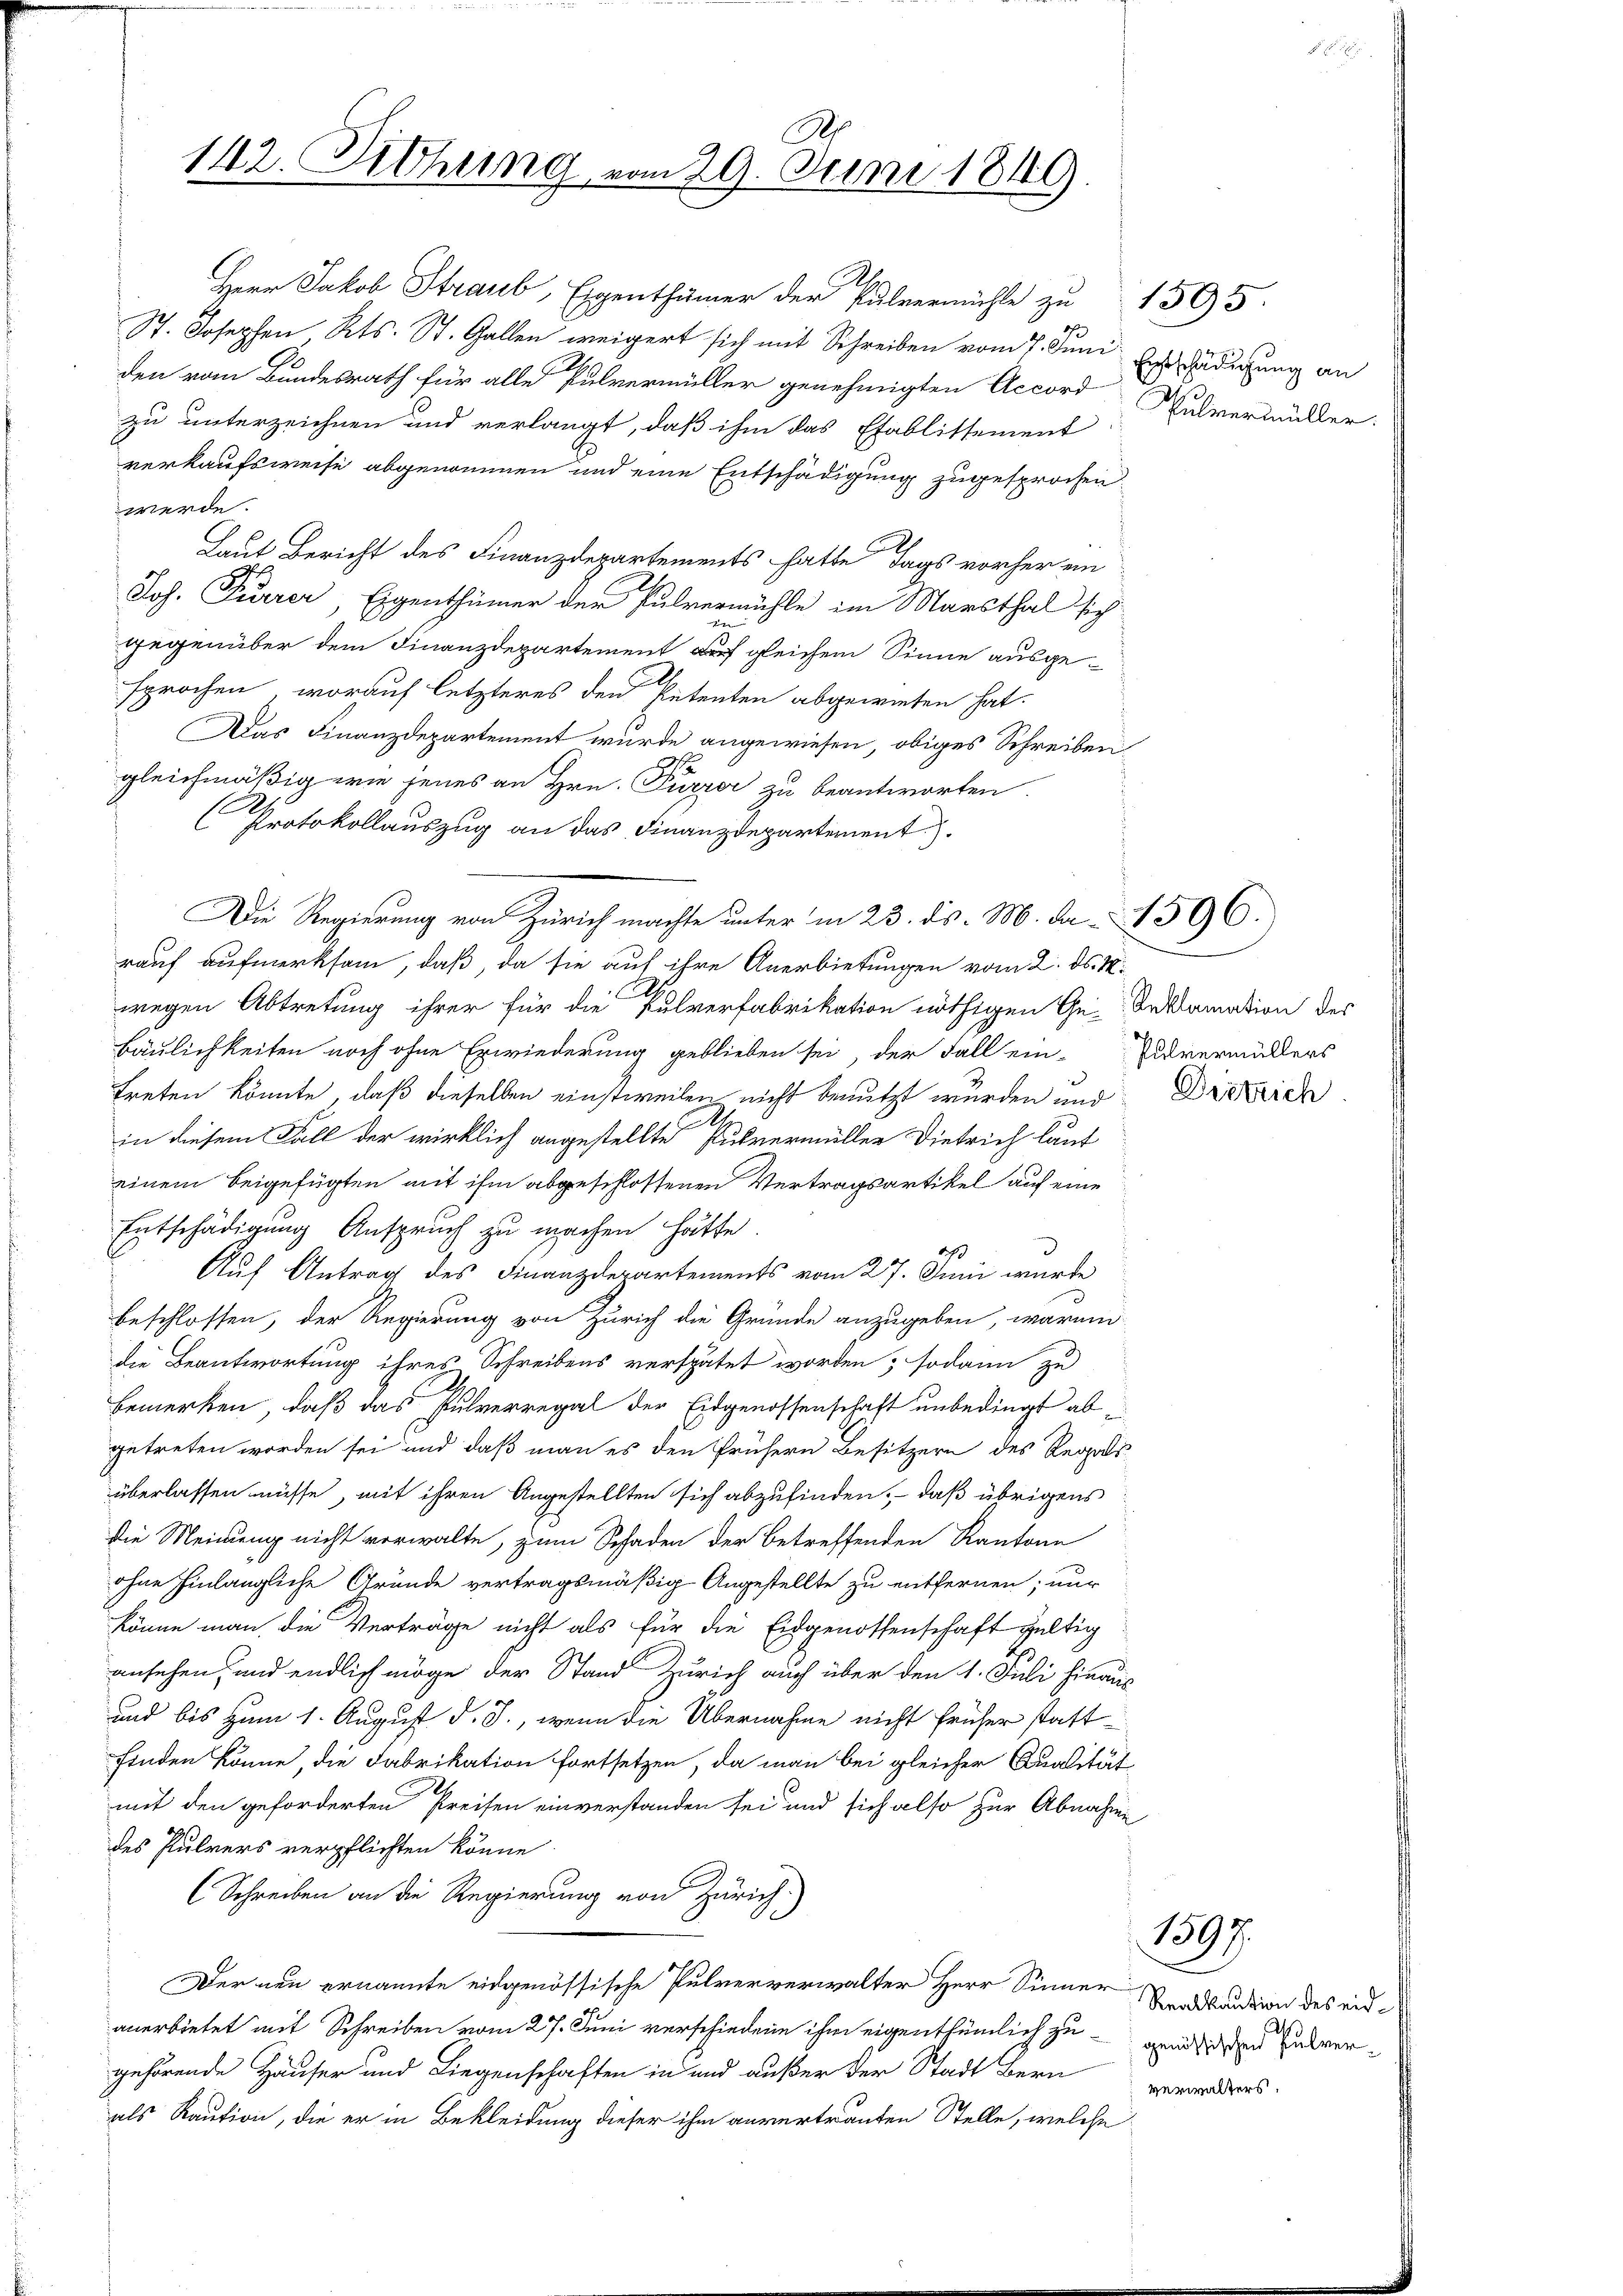
h
142. Diehung vom 29. Juni 1849

St. Josephen Kts. St. Gallen weigert sich mit Schreiben vom 7. Juni
den vom Bundesrath für alle Pulvermüller genehmigten Accord
zu unterzeichnen und verlangt, daß ihm das Etablittement
verkaufsweise abgenommen und eine Entschädigung zugesprochen.
werde.
Laut Bericht des Finanzdepartements hatte Tags vorher ein
A
Joh. Furrer, Eigenthümer der Pulvermühle im Marsthal sich
n
gegenüber dem Finanzdepartement auf gleichem Sinne ausgesprochen, worauf letzteres den Petenten abgewiesen hat.
Das Finanzdepartement wurde angewiesen, obiges Schreibengleichmäßig wie jenes an Hrn. Pürzer zu beantworten.
Protokollauszug an das Finanzdepartement.
Die Regierung von Zürich machte unter in 23. ds. M. da 1596.
rauf aufmerksam, daß, da sie auf ihre Anerbietungen vom 2. ds. M
wegen Abtretung ihrer für die Pulverfabrikation nöthigen Ge-Inklamation des
Bäulichkeiten noch ohne Erwiederung geblieben sei, der Fall ein-Andvermüllers
treten könnte, daß dieselben einstweilen nicht benutzt wurden und Drittiche
A
in diesem Fall der wirklich angestellte Pulvermüller Dietrich laut
einem beigefügten mit ihm abgeschlossenen Vertragsartikel auf eine
Entschädigung Anspruch zu machen hätte.
d
Auf Antrag des Finanzderartements vom 27. Juni wurde
beschlossen, der Regierung von Zürich die Gründe anzugeben, warum
die Beantwortung ihres Schreibens verspätet worden; sodann zu
bemerken, daß das Pulverregal der Eidgenossenschaft unbedingt abgetreten worden sei und daß man es den frühern Besitzern des Regals
überlassen müsse, mit ihren Angestellten sich abzufinden, – daß übrigens
die Meinung nicht verwalte, zum Schaden der betreffenden Kantone
ohne hinlängliche Grunde vertragsmäßig Angestellte zu entfernen; nur
könne man die Verträge nicht als für die Eidgenossenschaft gültig
ansehen, und endlich möge der Stand Zürich auch über den 1. Juli hinaus
und bis zum 1. August d. J., wenn die Übernahme nicht früher stattfinden könne, die Fabrikation fortsetzen, da man bei gleicher Qualität
mit den geforderten Preisen einverstanden sei und sich also zur Abnahme
des Pulvers verpflichten könne
Schreiben an die Regierung von Zürich
Der neu ernannte eidgenössische Pulververwalter Herr Sinner andention des eidanerbietet mit Schreiben vom 27. Juni verschiedene ihm eigenthümlich zu genien vergehörende Häuser und Liegenschaften in und außer der Stadt Bern verwiders
als Kaution, die er in Bekleidung dieser ihm anvertrauten Stelle, welche

Herr Jakob Straul, Eigenthümer der Pulvermühle zu 1595.

Erbschädigung an
Pulvermüller.

1397.